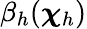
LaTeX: \beta_{h}({\boldsymbol\chi}_{h})